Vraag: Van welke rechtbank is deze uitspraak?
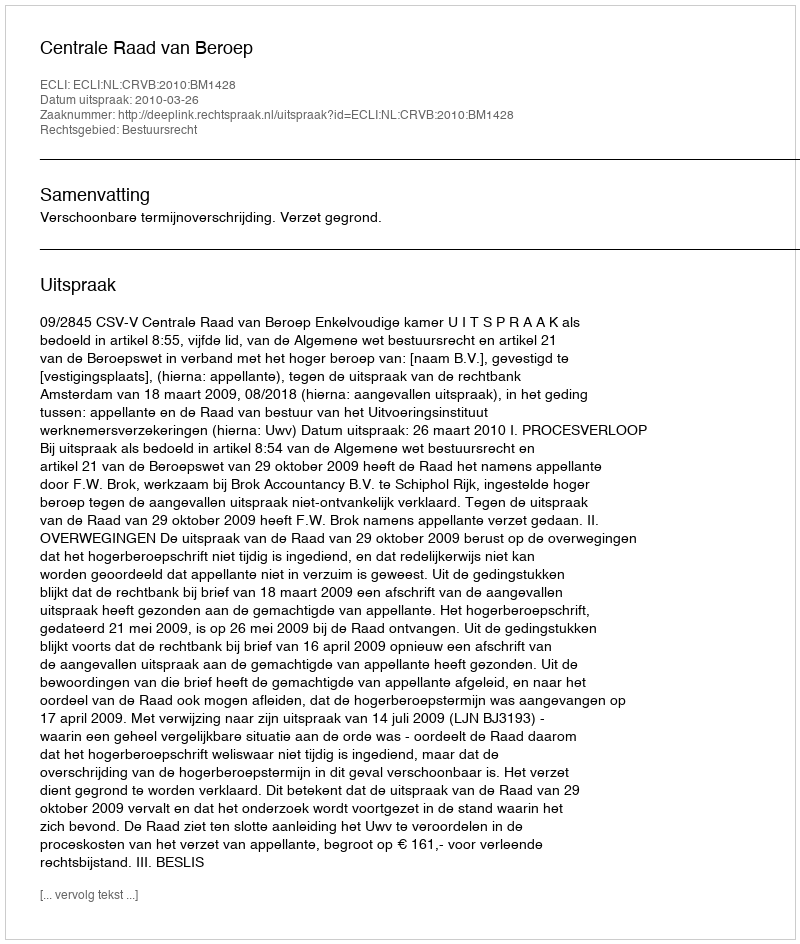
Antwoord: Centrale Raad van Beroep